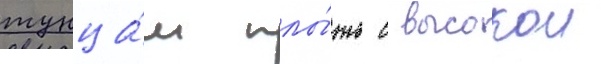
тунца́м плы́ть с высокои